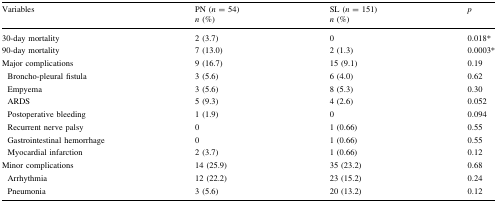
<table><thead><tr><td rowspan="2"><b>Variables</b></td><td><b>PN (<i>n</i> = 54)</b></td><td><b>SL (<i>n</i> = 151)</b></td><td rowspan="2"><b><i>p</i></b></td></tr><tr><td><b><i>n</i> (%)</b></td><td><b><i>n</i> (%)</b></td></tr></thead><tbody><tr><td>30-day mortality</td><td>2 (3.7)</td><td>0</td><td>0.018*</td></tr><tr><td>90-day mortality</td><td>7 (13.0)</td><td>2 (1.3)</td><td>0.0003*</td></tr><tr><td>Major complications</td><td>9 (16.7)</td><td>15 (9.1)</td><td>0.19</td></tr><tr><td> Broncho-pleural fistula</td><td>3 (5.6)</td><td>6 (4.0)</td><td>0.62</td></tr><tr><td> Empyema</td><td>3 (5.6)</td><td>8 (5.3)</td><td>0.30</td></tr><tr><td> ARDS</td><td>5 (9.3)</td><td>4 (2.6)</td><td>0.052</td></tr><tr><td> Postoperative bleeding</td><td>1 (1.9)</td><td>0</td><td>0.094</td></tr><tr><td> Recurrent nerve palsy</td><td>0</td><td>1 (0.66)</td><td>0.55</td></tr><tr><td> Gastrointestinal hemorrhage</td><td>0</td><td>1 (0.66)</td><td>0.55</td></tr><tr><td> Myocardial infarction</td><td>2 (3.7)</td><td>1 (0.66)</td><td>0.12</td></tr><tr><td>Minor complications</td><td>14 (25.9)</td><td>35 (23.2)</td><td>0.68</td></tr><tr><td> Arrhythmia</td><td>12 (22.2)</td><td>23 (15.2)</td><td>0.24</td></tr><tr><td> Pneumonia</td><td>3 (5.6)</td><td>20 (13.2)</td><td>0.12</td></tr></tbody></table>